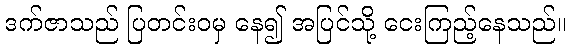
ဒက်ဇာသည် ပြတင်းဝမှ နေ၍ အပြင်သို့ ငေးကြည့်နေသည်။